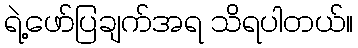
ရဲ့ဖော်ပြချက်အရ သိရပါတယ်။